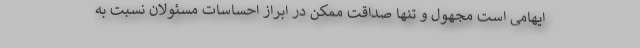
ایهامی است مجهول و تنها صداقت ممکن در ابراز احساسات مسئولان نسبت به